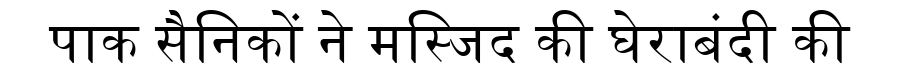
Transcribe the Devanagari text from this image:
पाक सैनिकों ने मस्जिद की घेराबंदी की